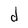
Character: d